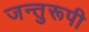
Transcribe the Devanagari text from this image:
जन्तुरूपी